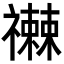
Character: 𥜕